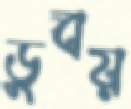
ডুবয়